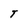
Character: T